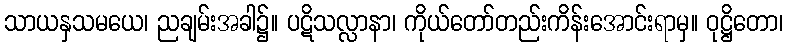
သာယနှသမယေ၊ ညချမ်းအခါ၌။ ပဋိသလ္လာနာ၊ ကိုယ်တော်တည်းကိန်းအောင်းရာမှ။ ဝုဋ္ဌိတော၊